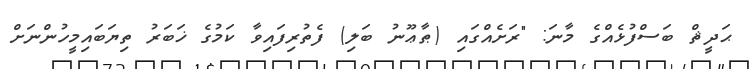
ޙަދީޘް ބަސްފުޅެއްގެ މާނަ: "ރަށެއްގައި (ޠާޢޫނު ބަލި) ފެތުރިފައިވާ ކަމުގެ ޚަބަރު ތިޔަބައިމީހުންނަށް